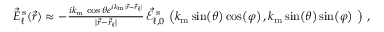
\begin{array} { r } { \vec { E } _ { \ell } ^ { \mathrm { \, s } } ( \vec { r } ) \approx - \frac { i k _ { \mathrm { m } } \, \! \! \, \! \, \, \! \, \, \! \! \, \! \, \, \! \! \, \! \! \, \! \, \, \! \! \, \! \! \, \! \, \, \! \, \, \! \! \, \! \, \, \! \! \, \! \! \, \! \, \, \! \, \, \! \! \, \! \, \, \! \, \, \! \! \, \! \, \, \! \! \, \! \! \, \! \, \, \! \, \, \! \! \, \! \, \, \! \, \, \! \! \cos { \theta } e ^ { i k _ { \mathrm { m } } | \vec { r } - \vec { r } _ { \ell } | } } { | \vec { r } - \vec { r } _ { \ell } | } \, \! \! \, \! \, \, \! \, \, \! \! \, \! \, \, \! \! \, \! \! \, \! \, \, \! \! \, \! \! \, \! \, \, \! \, \, \! \! \, \! \, \, \! \! \, \! \! \, \! \, \, \! \, \, \! \! \, \! \, \, \! \, \, \! \! \, \! \, \, \! \! \, \! \! \, \! \, \, \! \, \, \! \! \, \! \, \, \! \, \, \! \! \vec { \mathcal { E } } _ { \ell , 0 } ^ { \mathrm { \, s } } \, \! \! \, \! \, \, \! \, \, \! \! \, \! \, \, \! \! \, \! \! \, \! \, \, \! \! \, \! \! \, \! \, \, \! \, \, \! \! \, \! \, \, \! \! \, \! \! \, \! \, \, \! \, \, \! \! \, \! \, \, \! \, \, \! \! \, \! \, \, \! \! \, \! \! \, \! \, \, \! \, \, \! \! \, \! \, \, \! \, \, \! \! \left( k _ { \mathrm { m } } \, \! \! \, \! \, \, \! \, \, \! \! \, \! \, \, \! \! \, \! \! \, \! \, \, \! \! \, \! \! \, \! \, \, \! \, \, \! \! \, \! \, \, \! \! \, \! \! \, \! \, \, \! \, \, \! \! \, \! \, \, \! \, \, \! \! \, \! \, \, \! \! \, \! \! \, \! \, \, \! \, \, \! \! \, \! \, \, \! \, \, \! \! \mathrm { s i n } \, \! \! \, \! \, \, \! \, \, \! \! \, \! \, \, \! \! \, \! \! \, \! \, \, \! \! \, \! \! \, \! \, \, \! \, \, \! \! \, \! \left( { \theta } \right) \mathrm { c o s } \, \! \! \, \! \, \, \! \, \, \! \! \, \! \, \, \! \! \, \! \! \, \! \, \, \! \! \, \! \! \, \! \, \, \! \, \, \! \! \, \! \left( { \varphi } \right) , k _ { \mathrm { m } } \, \! \! \, \! \, \, \! \, \, \! \! \, \! \, \, \! \! \, \! \! \, \! \, \, \! \! \, \! \! \, \! \, \, \! \, \, \! \! \, \! \, \, \! \! \, \! \! \, \! \, \, \! \, \, \! \! \, \! \, \, \! \, \, \! \! \, \! \, \, \! \! \, \! \! \, \! \, \, \! \, \, \! \! \, \! \, \, \! \, \, \! \! \mathrm { s i n } \, \! \! \, \! \, \, \! \, \, \! \! \, \! \, \, \! \! \, \! \! \, \! \, \, \! \! \, \! \! \, \! \, \, \! \, \, \! \! \, \! \left( { \theta } \right) \mathrm { s i n } \, \! \! \, \! \, \, \! \, \, \! \! \, \! \, \, \! \! \, \! \! \, \! \, \, \! \! \, \! \! \, \! \, \, \! \, \, \! \! \, \! \left( { \varphi } \right) \vphantom { b ^ { 2 } } \, \! \! \, \! \, \, \! \, \, \! \! \, \! \, \, \! \! \, \! \! \, \! \, \, \! \! \, \! \! \, \! \, \, \! \, \, \! \! \, \! \, \, \! \! \, \! \! \, \! \, \, \! \, \, \! \! \, \! \, \, \! \, \, \! \! \, \! \, \, \! \! \, \! \! \, \! \, \, \! \, \, \! \! \, \! \, \, \! \, \, \! \! \right) \, \! \! \, \! \, \, \! \, \, \! \! \, \! \, \, \! \! \, \! \! \, \! \, \, \! \! \, \! \! \, \! \, \, \! \, \, \! \! \, \! \, \, \! \! \, \! \! \, \! \, \, \! \, \, \! \! \, \! \, \, \! \, \, \! \! \, \! \, \, \! \! \, \! \! \, \! \, \, \! \, \, \! \! \, \! \, \, \! \, \, \! \! , } \end{array}